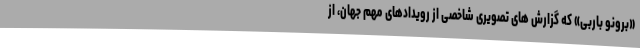
«برونو باربی» که گزارش های تصویری شاخصی از رویدادهای مهم جهان، از